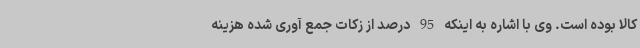
کالا بوده است. وی با اشاره به اینکه 95 درصد از زکات جمع آوری شده هزینه